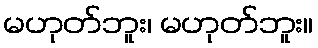
မဟုတ်ဘူး၊ မဟုတ်ဘူး။